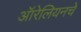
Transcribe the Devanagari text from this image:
ऑरेलियनचे